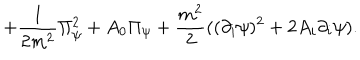
+ { \frac { 1 } { 2 m ^ { 2 } } } \Pi _ { \psi } ^ { 2 } + A _ { 0 } \Pi _ { \psi } + { \frac { m ^ { 2 } } { 2 } } ( ( \partial _ { i } \psi ) ^ { 2 } + 2 A _ { i } \partial _ { i } \psi ) .